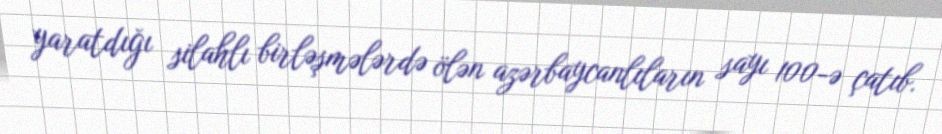
yaratdığı silahlı birləşmələrdə ölən azərbaycanlıların sayı 100-ə çatıb.